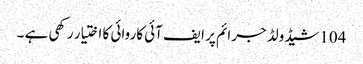
104شیڈولڈ جرائم پر ایف آئی کاروائی کا اختیار رکھی ہے ۔